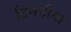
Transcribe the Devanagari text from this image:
टिमनीया